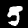
Digit: 5